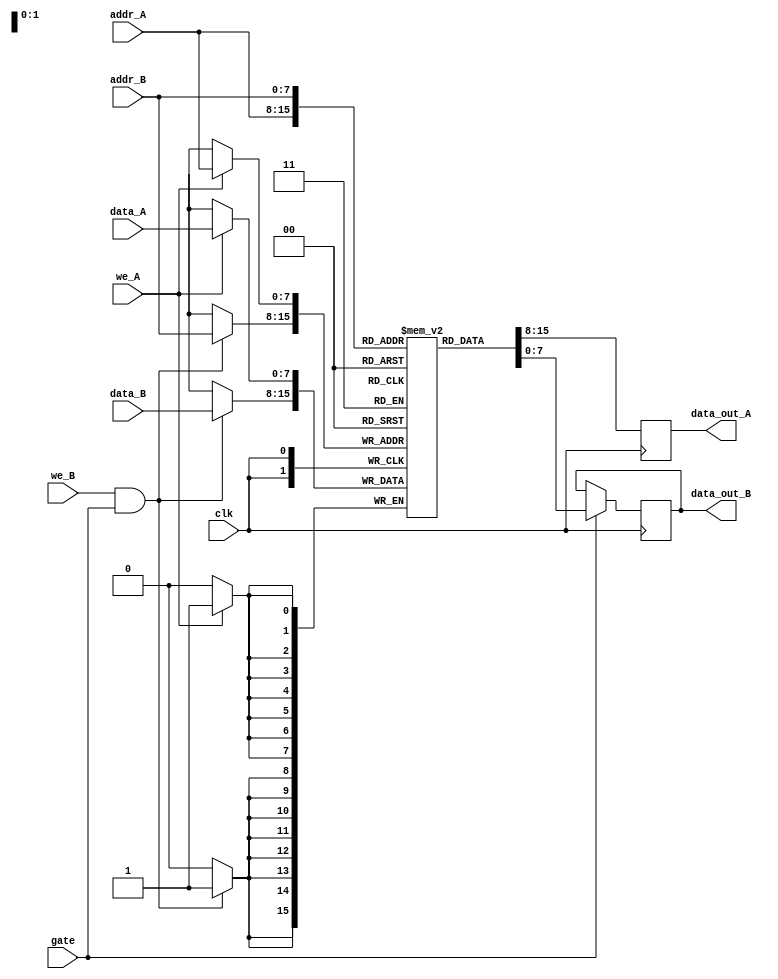
module dual_port_ram(
    input wire clk,
    input wire [7:0] addr_A,
    input wire [7:0] addr_B,
    input wire [7:0] data_A,
    input wire [7:0] data_B,
    input wire we_A,
    input wire we_B,
    input wire gate,
    output reg [7:0] data_out_A,
    output reg [7:0] data_out_B
);

reg [7:0] memory [0:255];

always @ (posedge clk) begin
    if (we_A) begin
        memory[addr_A] <= data_A;
    end
    if (we_B && gate) begin
        memory[addr_B] <= data_B;
    end
    data_out_A <= memory[addr_A];
    if (gate) begin
        data_out_B <= memory[addr_B];
    end
end

endmodule